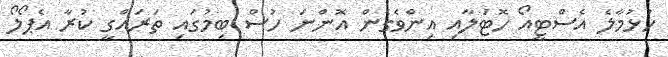
ހުޅުމާލެ އެސްޓީއޯ ހޮޓަލާއި އިންވެގެން އޮންނަ ހުސް ބިމުގައި ތަރައްގީ ކުރާ އެޕޯލޯ